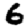
Digit: 6